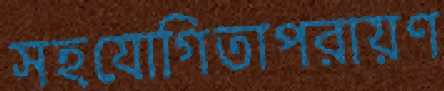
সহযোগিতাপরায়ণ